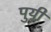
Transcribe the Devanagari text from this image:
पुयी